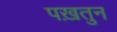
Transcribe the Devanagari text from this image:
पख़तुन